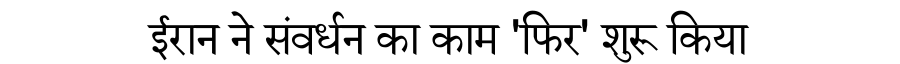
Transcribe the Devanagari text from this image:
ईरान ने संवर्धन का काम 'फिर' शुरू किया